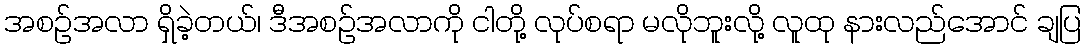
အစဉ်အလာ ရှိခဲ့တယ်၊ ဒီအစဉ်အလာကို ငါတို့ လုပ်စရာ မလိုဘူးလို့ လူထု နားလည်အောင် ချပြ